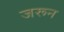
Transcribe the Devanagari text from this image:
जरून